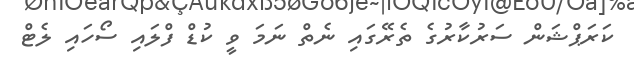
ކަރަޕްޝަން ސަރުކާރުގެ ތެރޭގައި ނެތް ނަމަ ވީ ކުޑް ފްލައި ސޯހައި ލެޓް